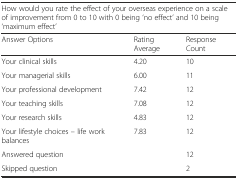
<table><thead><tr><td colspan="3"><b>How would you rate the effect of your overseas experience on a scale of improvement from 0 to 10 with 0 being ‘no effect’ and 10 being ‘maximum effect’</b></td></tr><tr><td><b>Answer Options</b></td><td><b>Rating Average</b></td><td><b>Response Count</b></td></tr></thead><tbody><tr><td>Your clinical skills</td><td>4.20</td><td>10</td></tr><tr><td>Your managerial skills</td><td>6.00</td><td>11</td></tr><tr><td>Your professional development</td><td>7.42</td><td>12</td></tr><tr><td>Your teaching skills</td><td>7.08</td><td>12</td></tr><tr><td>Your research skills</td><td>4.83</td><td>12</td></tr><tr><td>Your lifestyle choices – life work balances</td><td>7.83</td><td>12</td></tr><tr><td colspan="2">Answered question</td><td>12</td></tr><tr><td colspan="2">Skipped question</td><td>2</td></tr></tbody></table>